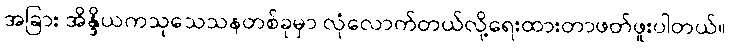
အခြား အိန္ဒိယကသုသေသနတစ်ခုမှာ လုံလောက်တယ်လို့ရေးထားတာဖတ်ဖူးပါတယ်။